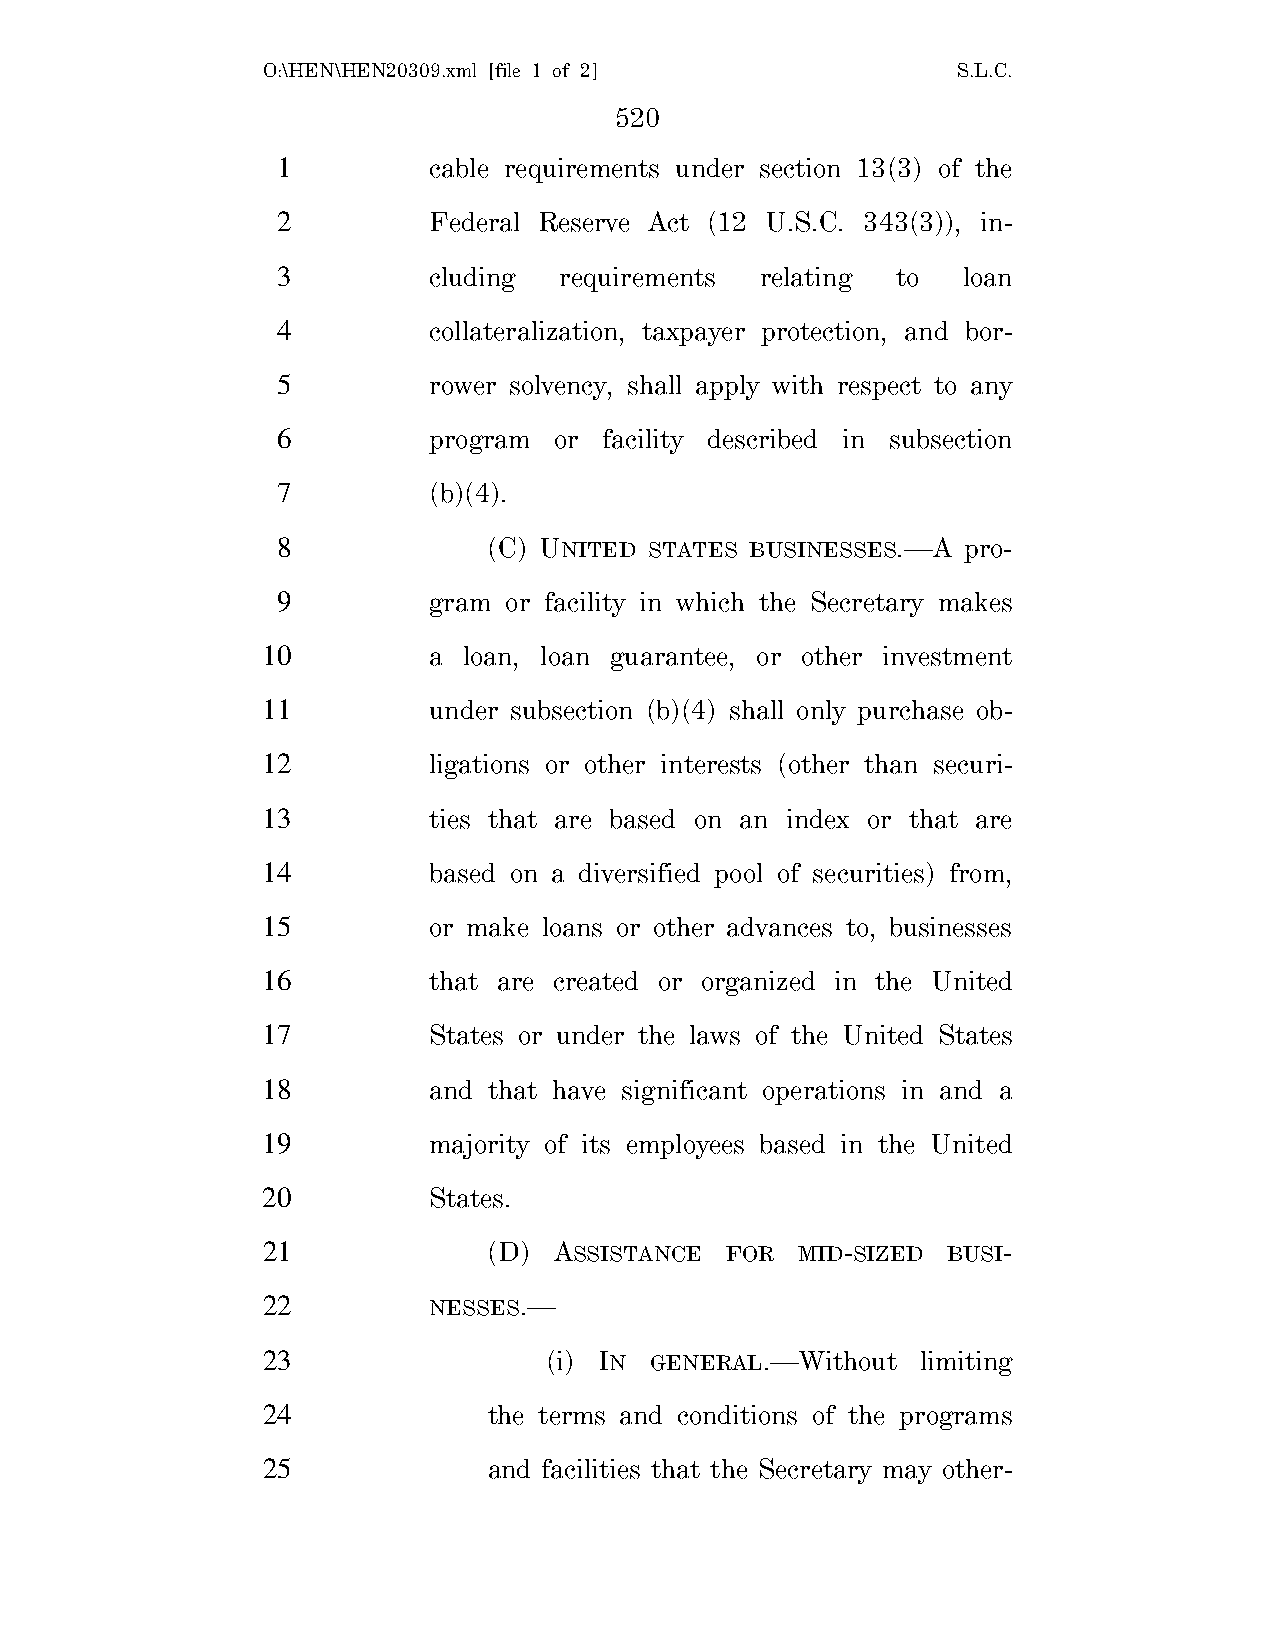
O:\HEN\HEN20309.xml [file 1 of 2]             S.L.C.
 520
 1         cable requirements under section 13(3) of the
 2         Federal Reserve Act (12 U.S.C. 343(3)), in-
 3         cluding  requirements relating to   loan
 4         collateralization, taxpayer protection, and bor-
 5         rower solvency, shall apply with respect to any
 6         program  or facility described in subsection
 7         (b)(4).
 8             (C) UNITED STATES BUSINESSES.—A pro-
 9         gram or facility in which the Secretary makes
 10         a  loan, loan guarantee, or other investment
 11         under subsection (b)(4) shall only purchase ob-
 12         ligations or other interests (other than securi-
 13         ties that are based on an index or that are
 14         based on a diversified pool of securities) from,
 15         or make loans or other advances to, businesses
 16         that are created or organized in the United
 17         States or under the laws of the United States
 18         and that have significant operations in and a
 19         majority of its employees based in the United
 20         States.
 21             (D)  ASSISTANCE FOR  MID-SIZED BUSI-
 22         NESSES.—
 23                 (i) IN GENERAL.—Without  limiting
 24             the terms and conditions of the programs
 25             and facilities that the Secretary may other-